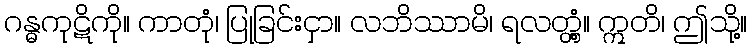
ဂန္ဓကုဋိကို။ ကာတုံ၊ ပြုခြင်းငှာ။ လဘိဿာမိ၊ ရလတ္တံ့။ ဣတိ၊ ဤသို့။